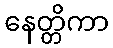
နေတ္တိကာ